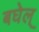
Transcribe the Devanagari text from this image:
बघेल्